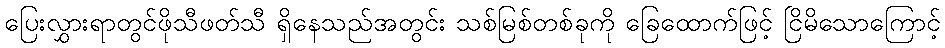
ပြေးလွှားရာတွင်ဖိုသီဖတ်သီ ရှိနေသည်အတွင်း သစ်မြစ်တစ်ခုကို ခြေထောက်ဖြင့် ငြိမိသောကြောင့်